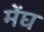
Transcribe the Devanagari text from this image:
मेंघ